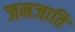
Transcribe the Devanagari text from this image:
जनजाति